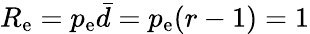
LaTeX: R_{\mathrm{e}}=p_{\mathrm{e}}\bar{d}=p_{\mathrm{e}}(r-1)=1